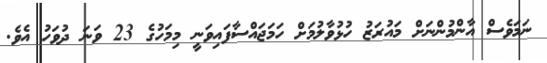
ނަމަވެސް އާންމުންނަށް މައުރަޒު ހުޅުވާލުމަށް ހަމަޖައްސާފައިވަނީ މިމަހުގެ 23 ވަނަ ދުވަހު އެވެ.